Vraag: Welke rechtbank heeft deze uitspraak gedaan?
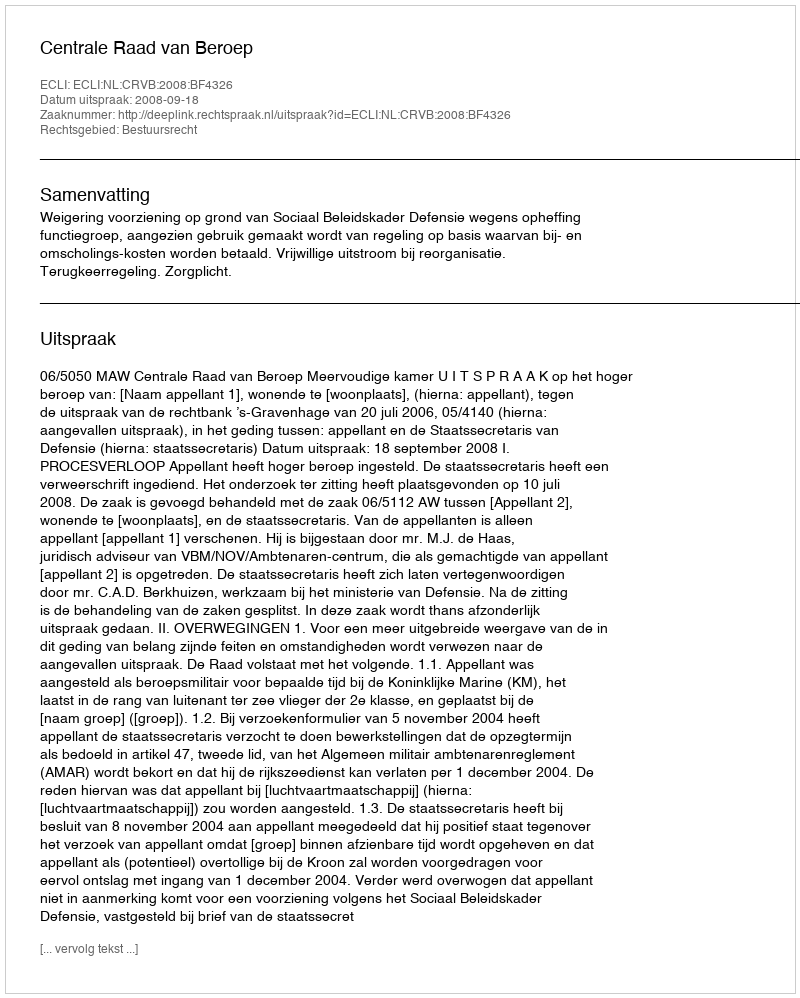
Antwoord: Centrale Raad van Beroep